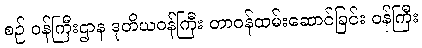
စဉ် ဝန်ကြီးဌာန ဒုတိယဝန်ကြီး တာဝန်ထမ်းဆောင်ခြင်း ဝန်ကြီး